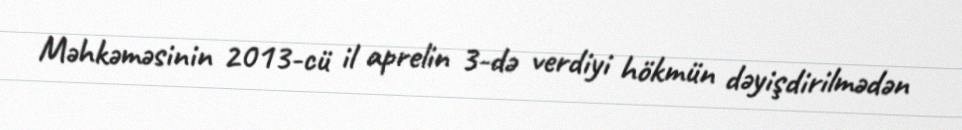
Məhkəməsinin 2013-cü il aprelin 3-də verdiyi hökmün dəyişdirilmədən